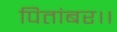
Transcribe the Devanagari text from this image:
पितांबर।।